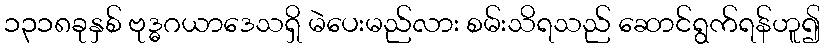
၁၃၁၈ခုနှစ် ဗုဒ္ဓဂယာဒေသရှိ မဲပေးမည်လား စမ်းသိရသည် ဆောင်ရွက်ရန်ဟူ၍